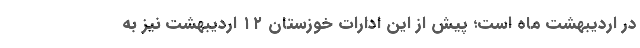
در اردیبهشت ماه است؛ پیش از این ادارات خوزستان ۱۲ اردیبهشت نیز به